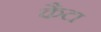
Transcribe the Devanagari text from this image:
कैटा